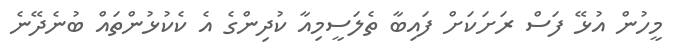
މީހުން އުޅޭ ފަސް ރަށަކަށް ފައިބާ ތެލަސީމިއާ ކުދިންގެ އެ ކެކުޅުންތައް ބުނެދޭނެ